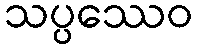
သပ္ပဿေဝ